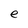
Character: e